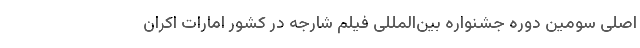
اصلی سومین دوره جشنواره بين‌المللى فيلم شارجه در کشور امارات اکران